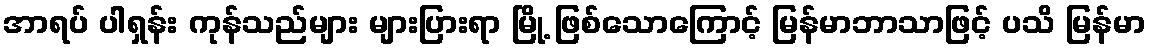
အာရပ် ပါရှန်း ကုန်သည်များ များပြားရာ မြို့ ဖြစ်သောကြောင့် မြန်မာဘာသာဖြင့် ပသိ မြန်မာ